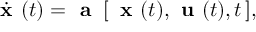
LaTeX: { \dot { \textbf { x } } } ( t ) = { \textbf { a } } \, [ \, { \textbf { x } } ( t ) , { \textbf { u } } ( t ) , t \, ] ,